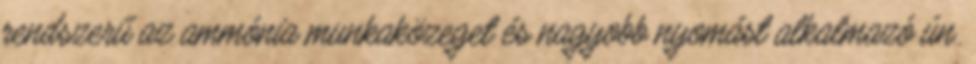
rendszerű az ammónia munkaközeget és nagyobb nyomást alkalmazó ún.